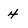
Character: 4